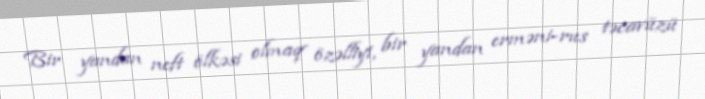
Bir yandan neft ölkəsi olmaq özəlliyi, bir yandan erməni-rus təcavüzü